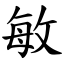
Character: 敏